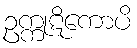
ဥက္ကုဋိကောပိ